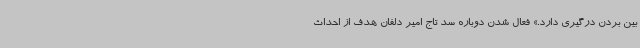
بین بردن درگیری دارد.» فعال شدن دوباره سد تاج امیر دلفان هدف از احداث